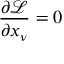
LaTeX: { \frac { \partial { \mathcal { L } } } { \partial x _ { \nu } } } = 0